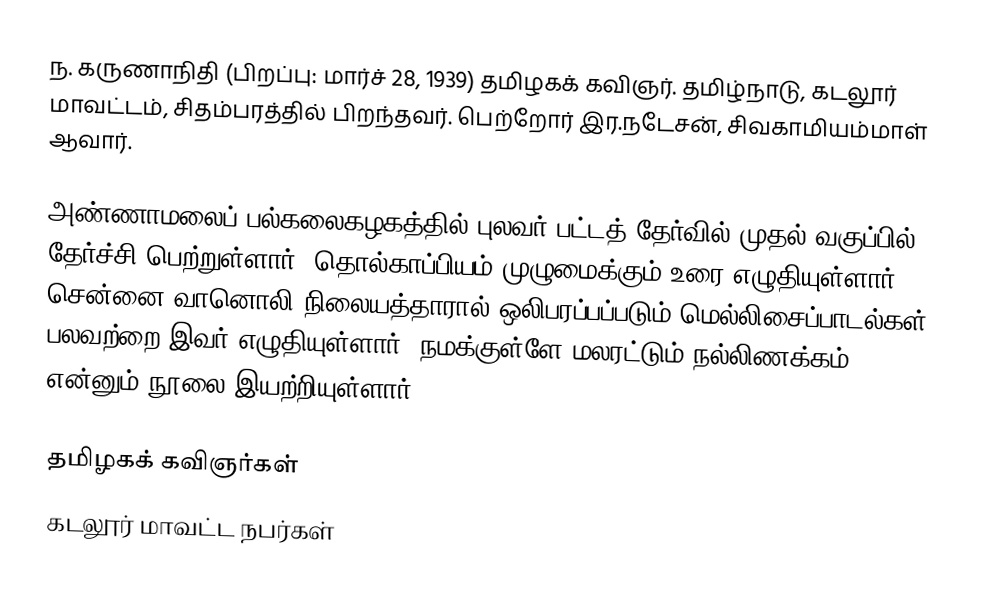
ந. கருணாநிதி (பிறப்பு: மார்ச் 28, 1939) தமிழகக் கவிஞர். தமிழ்நாடு, கடலூர் மாவட்டம், சிதம்பரத்தில் பிறந்தவர். பெற்றோர் இர.நடேசன், சிவகாமியம்மாள் ஆவார்.

அண்ணாமலைப் பல்கலைகழகத்தில் புலவர் பட்டத் தேர்வில் முதல் வகுப்பில் தேர்ச்சி பெற்றுள்ளார். தொல்காப்பியம் முழுமைக்கும் உரை எழுதியுள்ளார். சென்னை வானொலி நிலையத்தாரால் ஒலிபரப்பப்படும் மெல்லிசைப்பாடல்கள் பலவற்றை இவர் எழுதியுள்ளார். நமக்குள்ளே மலரட்டும் நல்லிணக்கம் என்னும் நூலை இயற்றியுள்ளார்.

தமிழகக் கவிஞர்கள்
கடலூர் மாவட்ட நபர்கள்